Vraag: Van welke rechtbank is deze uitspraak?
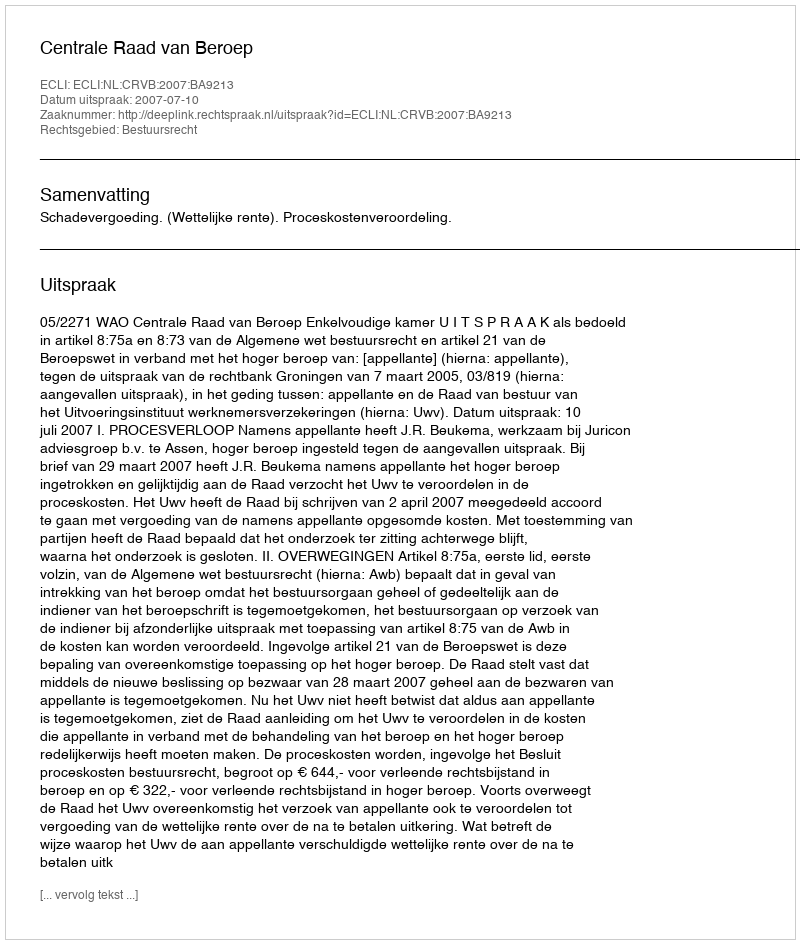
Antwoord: Centrale Raad van Beroep